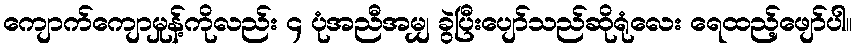
ကျောက်ကျောမှုန့်ကိုလည်း ၄ ပုံအညီအမျှ ခွဲပြီးပျော်သည်ဆိုရုံလေး ရေထည့်ဖျော်ပါ။